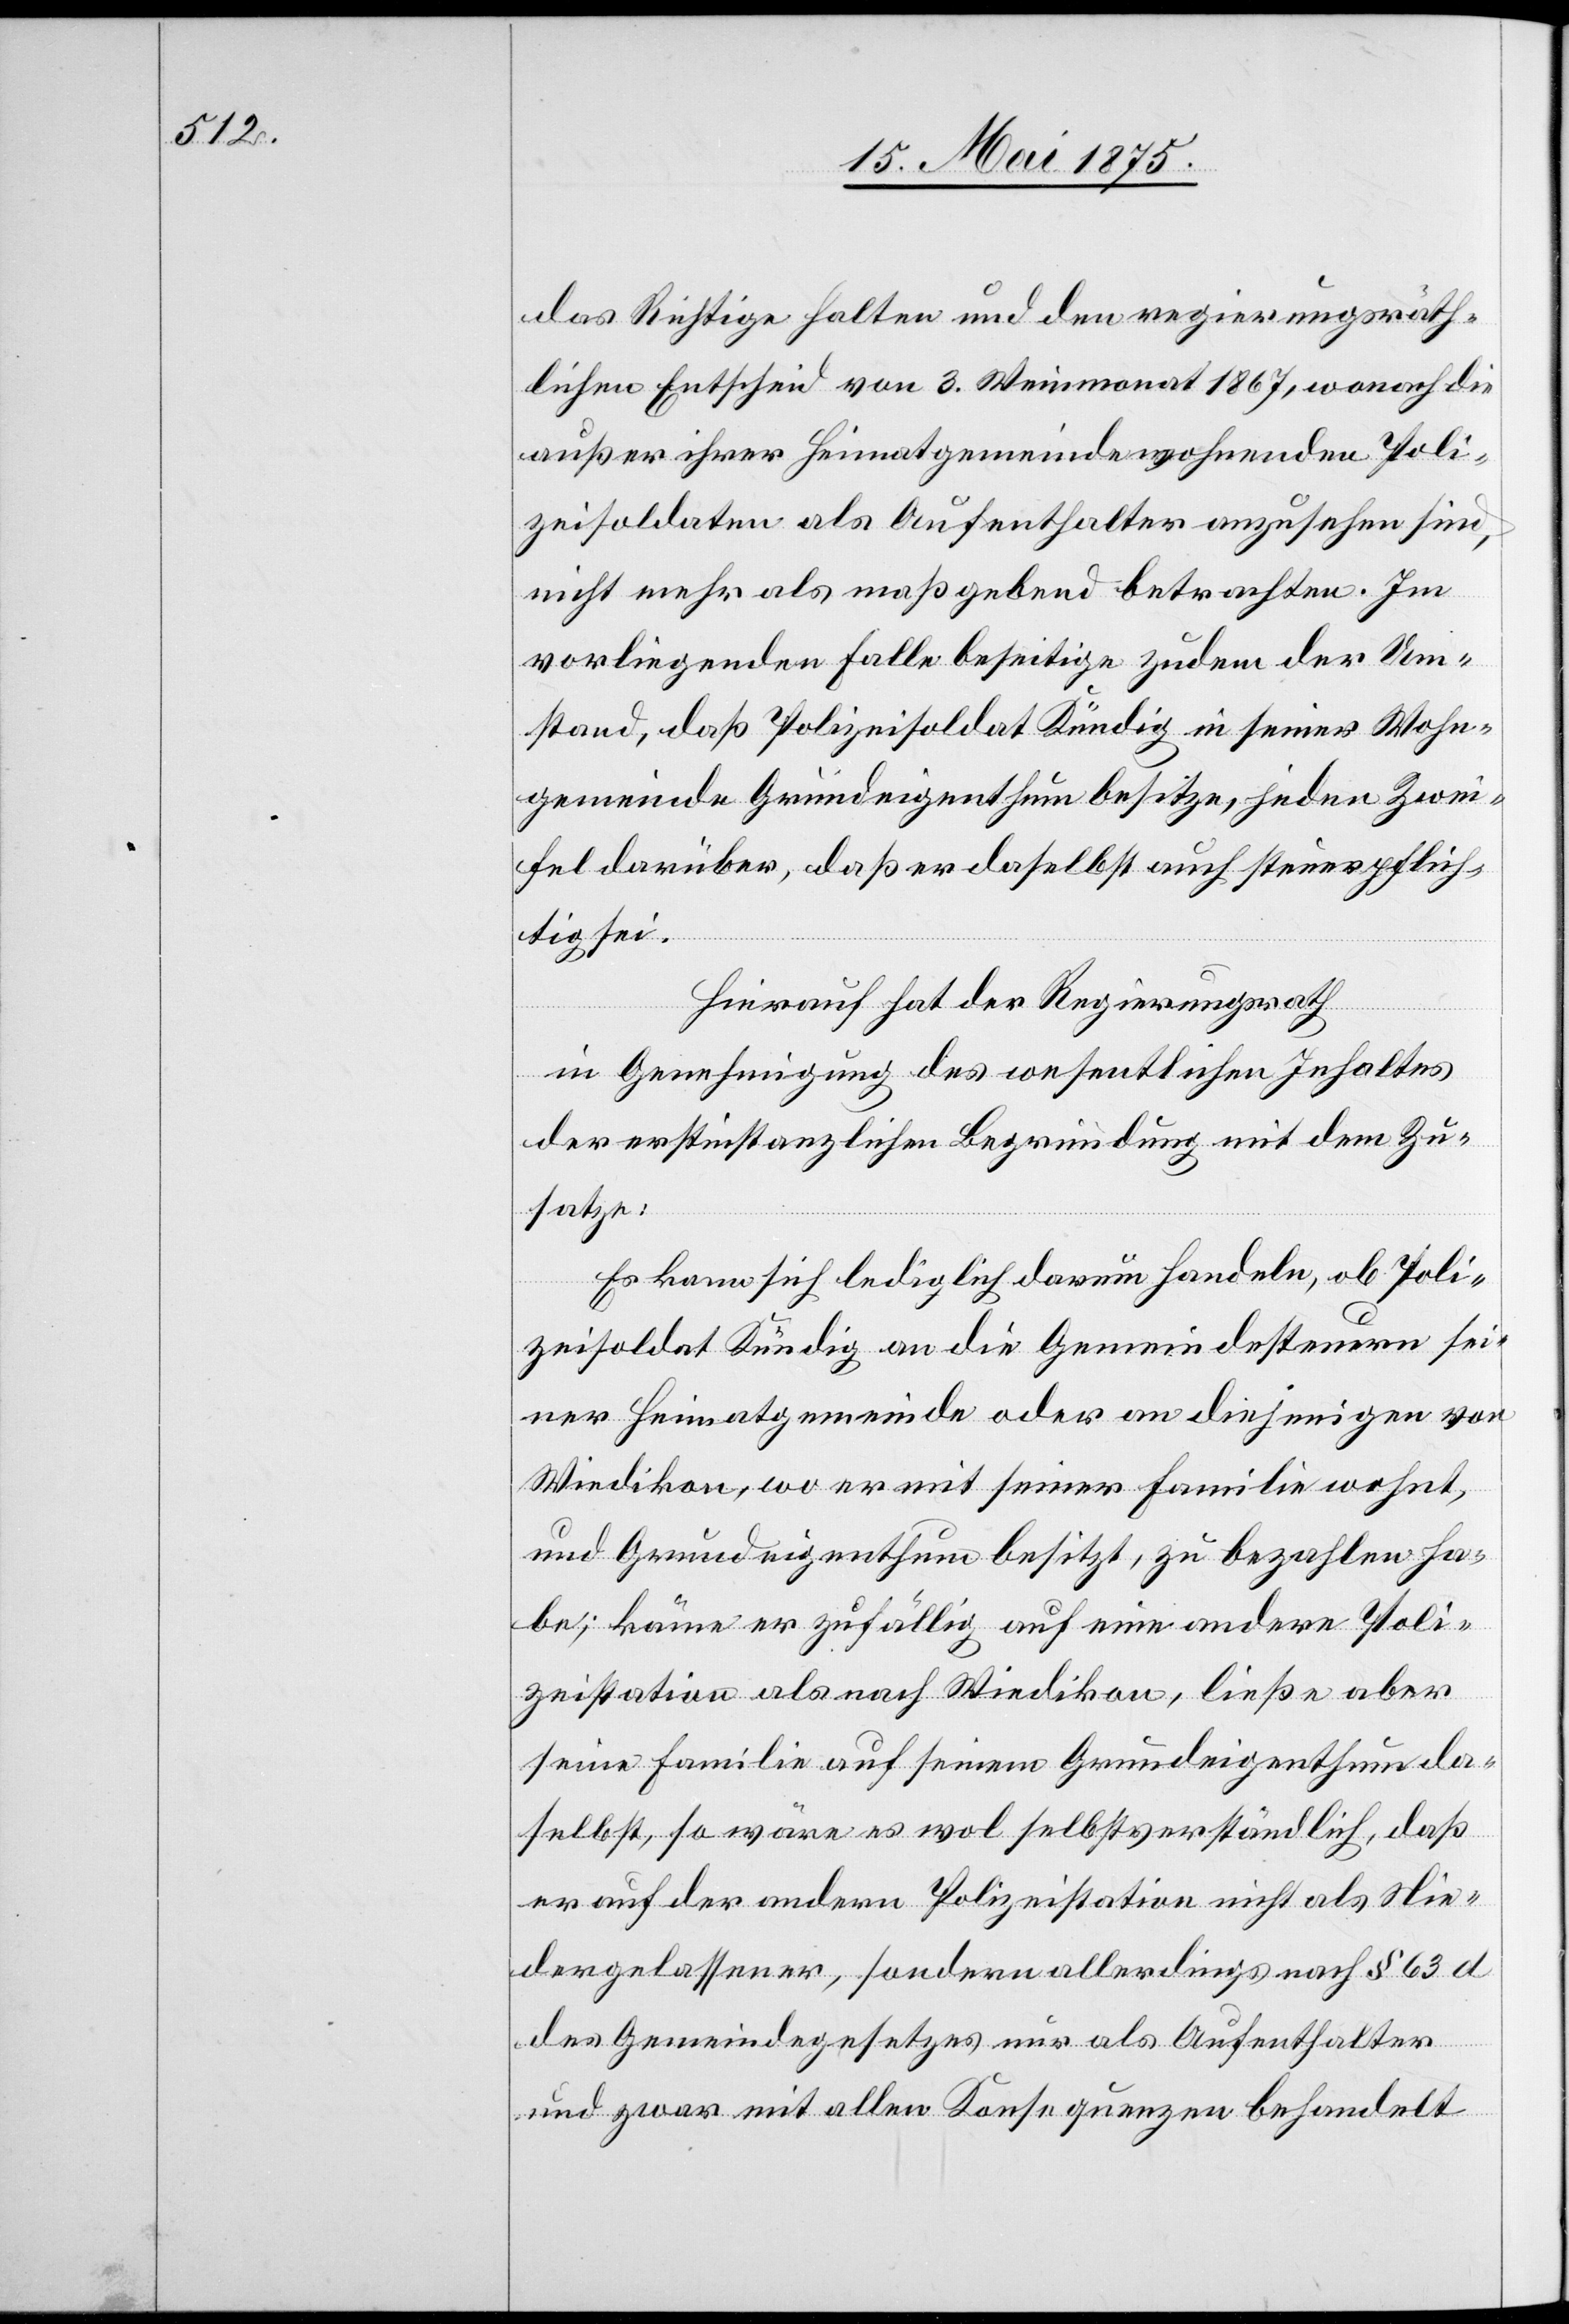
das Richtige halten und den rgierungsräth¬
lichen Entscheid von 3. Weinmonat 1867, wonach die
außer ihrer Heimatgemeinde wohnenden Poli¬
zeisoldaten als Aufenthalter anzusehen sind,
nicht mehr als maßgebend betrachten. Im
vorliegenden Falle beseitige zudem der Um¬
stand, daß Polizeisoldaten Kündig in seiner Wohn¬
gemeinde Grundeigenthum besitze, jeden Zwei¬
fel darüber, daß er daselbst auch steuerpflich¬
tig sei.
Hierauf hat der Regierungsrath
in Genehmigung des wesentlichen Inhaltes
der erstinstanzlichen Begründung mit dem Zu¬
satze:
Es kann sich lediglich darum handeln, ob Poli¬
zeisoldat Kündig an die Gemeindesteuern sei¬
ner Heimatgemeinde oder an diejenigen von
Wiedikon, wo er mit seiner Familie wohnt,
und Grundeigenthum besitzt, zu bezahlen ha¬
be; käme er zufällig auf eine andere Poli¬
zeistation als nach Wiedikon, ließe aber
seine Familie auf seinem Grundeigenthum da¬
selbst, so wäre es wol selbstverständlich, daß
er auf der andern Polizeistation nicht als Nie¬
dergelassener, sondern allerdings nach § 63 d
des Gemeindegesetzes nur als Aufenthalter
und zwar mit allen Konsequenzen behandelt